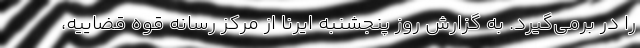
را در برمی‌گیرد. به گزارش روز پنجشنبه ایرنا از مرکز رسانه قوه قضاییه،